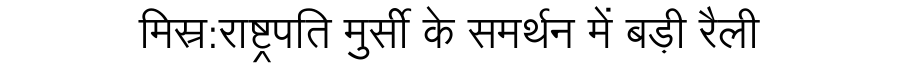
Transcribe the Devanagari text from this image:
मिस्र:राष्ट्रपति मुर्सी के समर्थन में बड़ी रैली